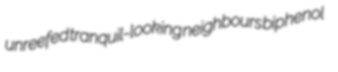
unreefed tranquil-looking neighbours biphenol